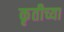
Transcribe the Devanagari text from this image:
कृतीच्या